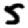
Digit: 5